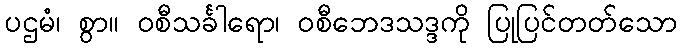
ပဌမံ၊ စွာ။ ဝစီသင်္ခါရော၊ ဝစီဘေဒသဒ္ဒကို ပြုပြင်တတ်သော